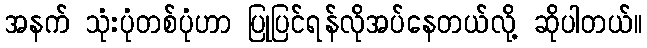
အနက် သုံးပုံတစ်ပုံဟာ ပြုပြင်ရန်လိုအပ်နေတယ်လို့ ဆိုပါတယ်။